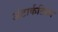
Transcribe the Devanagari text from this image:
अंटार्कटिका